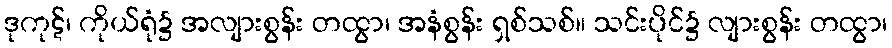
ဒုကုဋ်၊ ကိုယ်ရုံ၌ အလျားစွန်း တထွာ၊ အနံစွန်း ရှစ်သစ်။ သင်းပိုင်၌ လျားစွန်း တထွာ၊